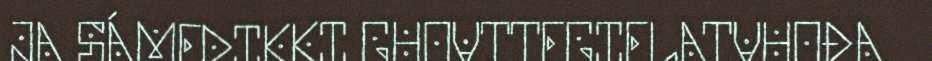
JA SÁMEDIKKI GUOVTTEGIELATVUOĐA